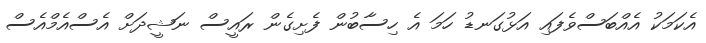
އެކަމަކު އެއްބަސްވެފައި އަޅުގަނޑު ހަމަ އެ ހިސާބުން ފެށިގެން ރައީސް ނަޝީދަށް އެސްއެމްއެސް